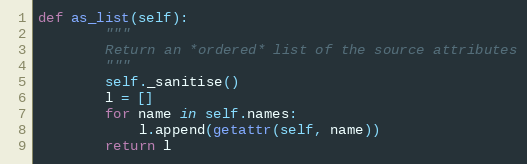
Language: Python
def as_list(self):
        """
        Return an *ordered* list of the source attributes
        """
        self._sanitise()
        l = []
        for name in self.names:
            l.append(getattr(self, name))
        return l